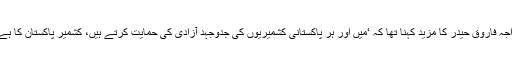
راجہ فاروق حیدر کا مزید کہنا تھا کہ ‘میں اور ہر پاکستانی کشمیریوں کی جدوجہد آزادی کی حمایت کرتے ہیں، کشمیر پاکستان کا ہے’۔